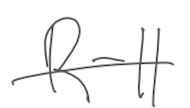
Text: R-11
Cross-out: single-line
Writing tool: digital_gray